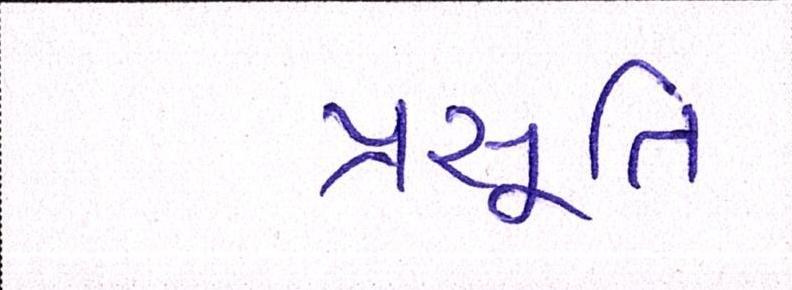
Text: પ્રસૂતિ